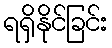
ရရှိနိုင်ခြင်း